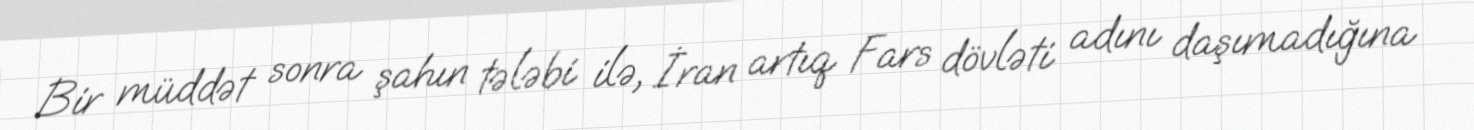
Bir müddət sonra şahın tələbi ilə, İran artıq Fars dövləti adını daşımadığına